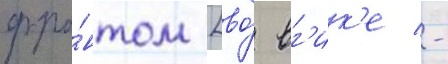
фро́нтом [во́ вг'ик'е -